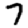
Digit: 7